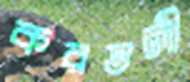
করতলী